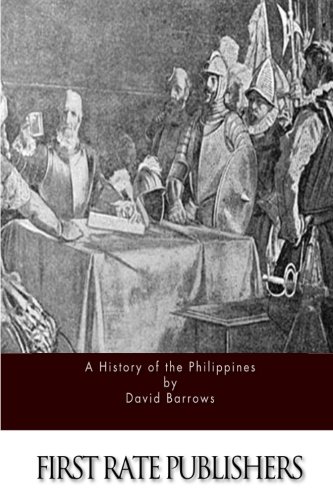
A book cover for A History of the Philippines; David Barrows; History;